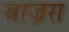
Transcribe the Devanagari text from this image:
बाज्ररा